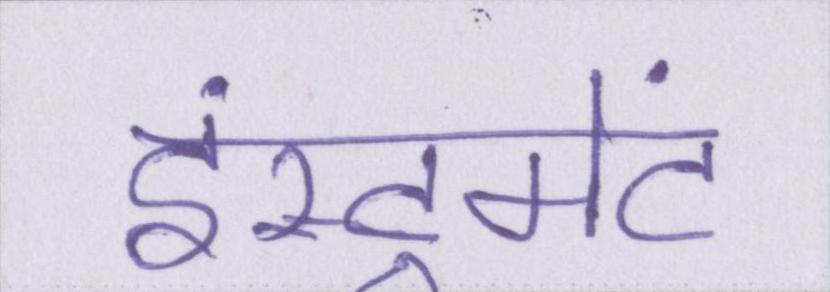
इंस्ट्रूमेंट